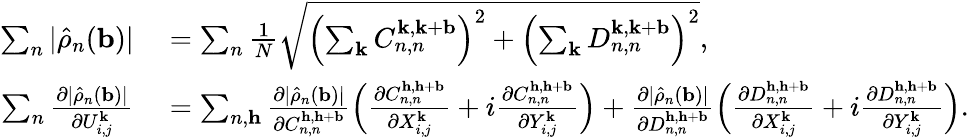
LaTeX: \begin{array}{rl}{\sum_{n}|\hat{\rho}_{n}(\mathbf{b})|}&{{}=\sum_{n}\frac{1}{N}\sqrt{\left(\sum_{\mathbf{k}}C_{n,n}^{\mathbf{k},\mathbf{k}+\mathbf{b}}\right)^{2}+\left(\sum_{\mathbf{k}}D_{n,n}^{\mathbf{k},\mathbf{k}+\mathbf{b}}\right)^{2}},}\\ {\sum_{n}\frac{\partial|\hat{\rho}_{n}(\mathbf{b})|}{\partial U_{i,j}^{\mathbf{k}}}}&{{}=\sum_{n,\mathbf{h}}\frac{\partial|\hat{\rho}_{n}(\mathbf{b})|}{\partial C_{n,n}^{\mathbf{h},\mathbf{h}+\mathbf{b}}}\left(\frac{\partial C_{n,n}^{\mathbf{h},\mathbf{h}+\mathbf{b}}}{\partial X_{i,j}^{\mathbf{k}}}+i\frac{\partial C_{n,n}^{\mathbf{h},\mathbf{h}+\mathbf{b}}}{\partial Y_{i,j}^{\mathbf{k}}}\right)+\frac{\partial|\hat{\rho}_{n}(\mathbf{b})|}{\partial D_{n,n}^{\mathbf{h},\mathbf{h}+\mathbf{b}}}\left(\frac{\partial D_{n,n}^{\mathbf{h},\mathbf{h}+\mathbf{b}}}{\partial X_{i,j}^{\mathbf{k}}}+i\frac{\partial D_{n,n}^{\mathbf{h},\mathbf{h}+\mathbf{b}}}{\partial Y_{i,j}^{\mathbf{k}}}\right).}\end{array}